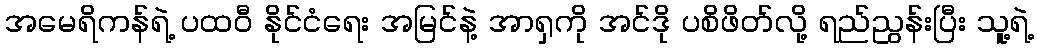
အမေရိကန်ရဲ့ ပထဝီ နိုင်ငံရေး အမြင်နဲ့ အာရှကို အင်ဒို ပစိဖိတ်လို့ ရည်ညွန်းပြီး သူ့ရဲ့